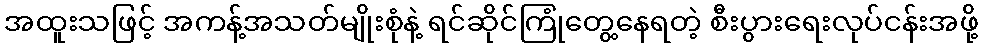
အထူးသဖြင့် အကန့်အသတ်မျိုးစုံနဲ့ ရင်ဆိုင်ကြုံတွေ့နေရတဲ့ စီးပွားရေးလုပ်ငန်းအဖို့